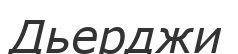
Дьерджи